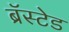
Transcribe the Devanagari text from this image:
ब्रॅस्टेड